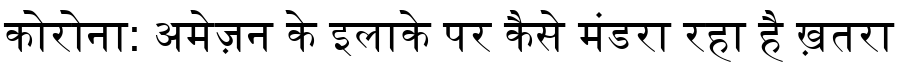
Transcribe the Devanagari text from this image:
कोरोना: अमेज़न के इलाके पर कैसे मंडरा रहा है ख़तरा